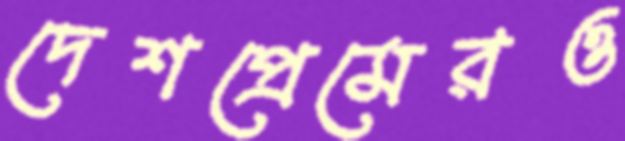
দেশপ্রেমেরও